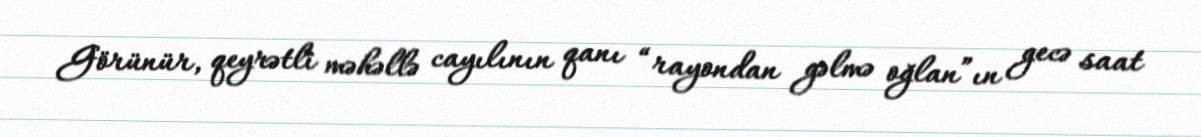
Görünür, qeyrətli məhəllə cayılının qanı “rayondan gəlmə oğlan”ın gecə saat